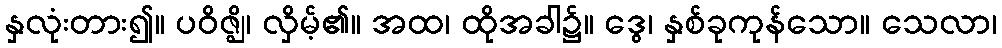
နှလုံးတား၍။ ပဝိဇ္ဈိ၊ လှိမ့်၏။ အထ၊ ထိုအခါ၌။ ဒွေ၊ နှစ်ခုကုန်သော။ သေလာ၊